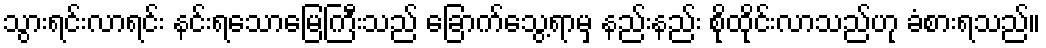
သွားရင်းလာရင်း နင်းရသောမြေကြီးသည် ခြောက်သွေ့ရာမှ နည်းနည်း စိုထိုင်းလာသည်ဟု ခံစားရသည်။